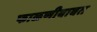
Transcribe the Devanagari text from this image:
फाळणीबाबत